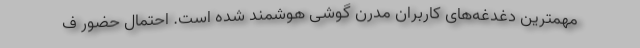
مهمترین دغدغه‌های کاربران مدرن گوشی هوشمند شده است. احتمال حضور ف